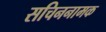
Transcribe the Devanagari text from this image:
सचिननामक